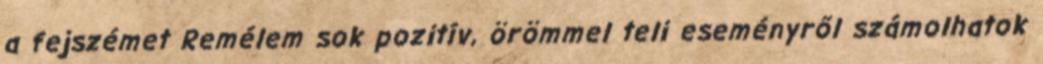
a fejszémet Remélem sok pozitív, örömmel teli eseményről számolhatok